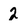
Character: 2